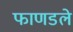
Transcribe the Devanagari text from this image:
फाणडले